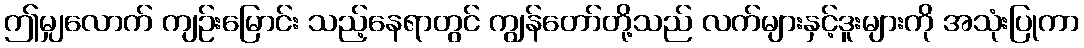
ဤမျှလောက် ကျဉ်းမြောင်း သည့်နေရာတွင် ကျွန်တော်တို့သည် လက်များနှင့်ဒူးများကို အသုံးပြုကာ